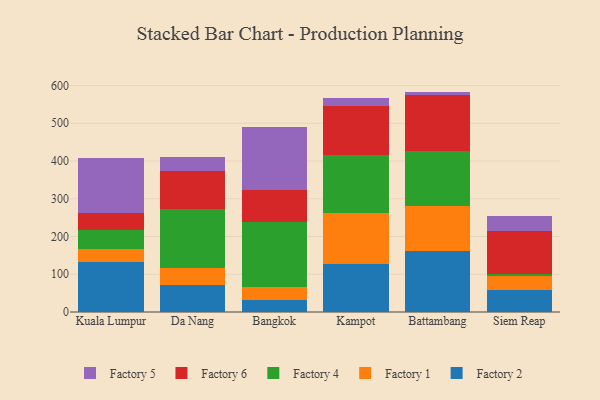
{"axis": {"x": "City", "y": "Production Output"}, "legend": ["Factory 1", "Factory 2", "Factory 4", "Factory 5", "Factory 6"], "data": [{"x": "Kuala Lumpur", "y": 132.8, "type": "Factory 2"}, {"x": "Kuala Lumpur", "y": 34.1, "type": "Factory 1"}, {"x": "Kuala Lumpur", "y": 50.5, "type": "Factory 4"}, {"x": "Kuala Lumpur", "y": 44.0, "type": "Factory 6"}, {"x": "Kuala Lumpur", "y": 147.6, "type": "Factory 5"}, {"x": "Da Nang", "y": 71.1, "type": "Factory 2"}, {"x": "Da Nang", "y": 45.1, "type": "Factory 1"}, {"x": "Da Nang", "y": 156.8, "type": "Factory 4"}, {"x": "Da Nang", "y": 100.0, "type": "Factory 6"}, {"x": "Da Nang", "y": 37.6, "type": "Factory 5"}, {"x": "Bangkok", "y": 32.6, "type": "Factory 2"}, {"x": "Bangkok", "y": 34.8, "type": "Factory 1"}, {"x": "Bangkok", "y": 171.9, "type": "Factory 4"}, {"x": "Bangkok", "y": 84.4, "type": "Factory 6"}, {"x": "Bangkok", "y": 165.8, "type": "Factory 5"}, {"x": "Kampot", "y": 126.4, "type": "Factory 2"}, {"x": "Kampot", "y": 135.2, "type": "Factory 1"}, {"x": "Kampot", "y": 153.5, "type": "Factory 4"}, {"x": "Kampot", "y": 131.1, "type": "Factory 6"}, {"x": "Kampot", "y": 20.8, "type": "Factory 5"}, {"x": "Battambang", "y": 162.5, "type": "Factory 2"}, {"x": "Battambang", "y": 119.1, "type": "Factory 1"}, {"x": "Battambang", "y": 145.7, "type": "Factory 4"}, {"x": "Battambang", "y": 148.0, "type": "Factory 6"}, {"x": "Battambang", "y": 8.6, "type": "Factory 5"}, {"x": "Siem Reap", "y": 59.3, "type": "Factory 2"}, {"x": "Siem Reap", "y": 36.7, "type": "Factory 1"}, {"x": "Siem Reap", "y": 5.5, "type": "Factory 4"}, {"x": "Siem Reap", "y": 112.9, "type": "Factory 6"}, {"x": "Siem Reap", "y": 40.7, "type": "Factory 5"}]}